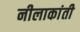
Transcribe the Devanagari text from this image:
नीलाकांती